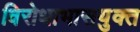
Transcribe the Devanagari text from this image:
विरोधाभासयुक्त